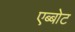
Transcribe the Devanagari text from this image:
एब्बोट